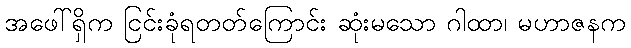
အဖေါ်ရှိက ငြင်းခုံရတတ်ကြောင်း ဆုံးမသော ဂါထာ၊ မဟာဇနက